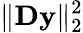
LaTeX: \| \mathbf{D}\mathbf{y}\| _{2}^{2}